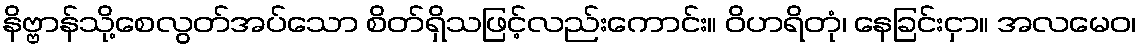
နိဗ္ဗာန်သို့စေလွတ်အပ်သော စိတ်ရှိသဖြင့်လည်းကောင်း။ ဝိဟရိတုံ၊ နေခြင်းငှာ။ အလမေဝ၊